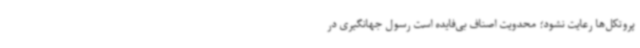
پروتکل‌ها رعایت نشود؛ محدویت اصناف بی‌فایده است رسول جهانگیری در